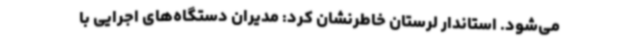
می‌شود. استاندار لرستان خاطرنشان کرد: مدیران دستگاه‌های اجرایی با